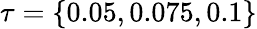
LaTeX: \tau=\{ 0.05,0.075,0.1\}